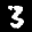
Label: 3